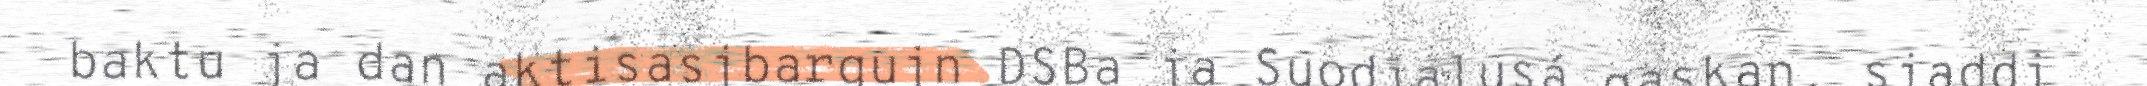
baktu ja dan aktisasjbargujn DSBa ja Suodjalusá gaskan, sjaddi